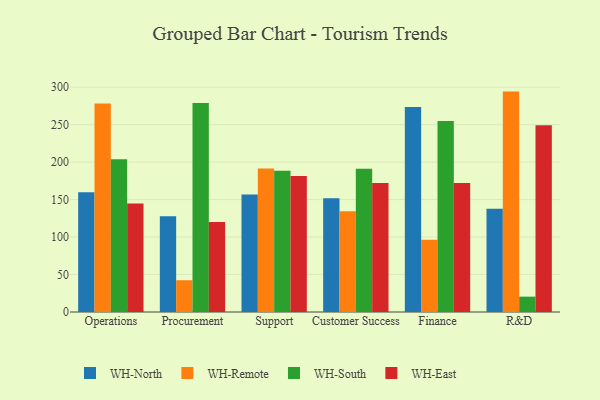
{"axis": {"x": "Department", "y": "Active Users"}, "legend": ["WH-East", "WH-North", "WH-Remote", "WH-South"], "data": [{"x": "Operations", "y": 159.8, "type": "WH-North"}, {"x": "Operations", "y": 278.3, "type": "WH-Remote"}, {"x": "Operations", "y": 203.9, "type": "WH-South"}, {"x": "Operations", "y": 144.7, "type": "WH-East"}, {"x": "Procurement", "y": 127.9, "type": "WH-North"}, {"x": "Procurement", "y": 42.4, "type": "WH-Remote"}, {"x": "Procurement", "y": 278.8, "type": "WH-South"}, {"x": "Procurement", "y": 120.2, "type": "WH-East"}, {"x": "Support", "y": 156.8, "type": "WH-North"}, {"x": "Support", "y": 191.6, "type": "WH-Remote"}, {"x": "Support", "y": 188.4, "type": "WH-South"}, {"x": "Support", "y": 181.4, "type": "WH-East"}, {"x": "Customer Success", "y": 151.7, "type": "WH-North"}, {"x": "Customer Success", "y": 134.6, "type": "WH-Remote"}, {"x": "Customer Success", "y": 191.0, "type": "WH-South"}, {"x": "Customer Success", "y": 172.0, "type": "WH-East"}, {"x": "Finance", "y": 273.4, "type": "WH-North"}, {"x": "Finance", "y": 96.3, "type": "WH-Remote"}, {"x": "Finance", "y": 254.9, "type": "WH-South"}, {"x": "Finance", "y": 172.0, "type": "WH-East"}, {"x": "R&D", "y": 137.9, "type": "WH-North"}, {"x": "R&D", "y": 294.1, "type": "WH-Remote"}, {"x": "R&D", "y": 20.5, "type": "WH-South"}, {"x": "R&D", "y": 249.2, "type": "WH-East"}]}